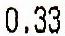
0.33